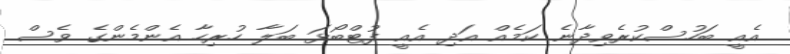
އެއީ ބަހުސްކުރެވިދާނެ ކަމެއް އަދި އެއީ ފުޓްބޯޅަ ބަލާ ހުރިހާ އެންމެންގެ ވެސް